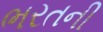
ભરતની